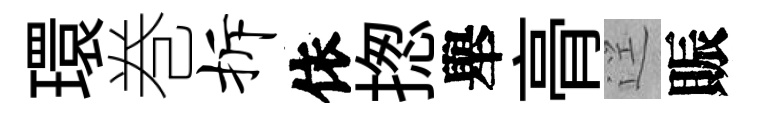
環巻拆依揔舉𮌔逕賑